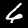
Digit: 6